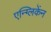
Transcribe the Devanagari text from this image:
एन्ग्लिकेंन